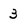
Character: 3